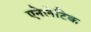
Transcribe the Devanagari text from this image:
एनेलेटिक